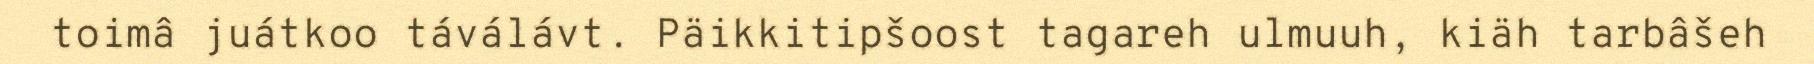
toimâ juátkoo táválávt. Päikkitipšoost tagareh ulmuuh, kiäh tarbâšeh